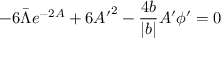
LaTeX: - 6 \bar { \Lambda } e ^ { - 2 A } + 6 { A ^ { \prime } } ^ { 2 } - \frac { 4 b } { | b | } A ^ { \prime } \phi ^ { \prime } = 0